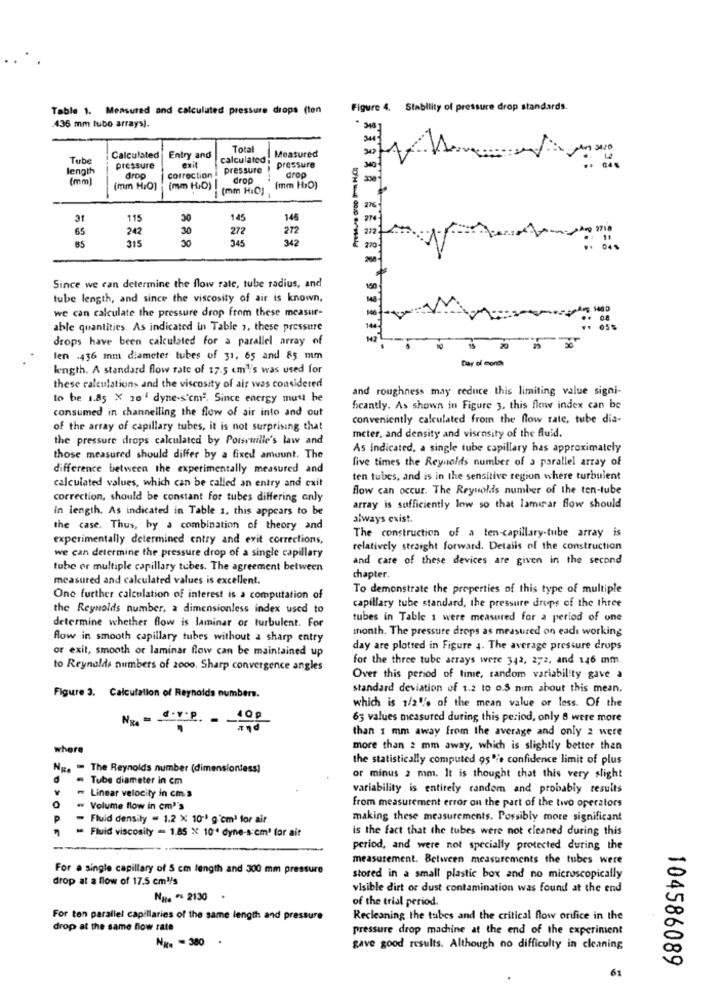
Table 1. Measured and calculated pressure drops (ten
Figure 4. Stability of pressure drop standards.
436 mm tubo arraysj.
Tota
Measured
Tube
Calculated
Entry and
calculated ;
length
pressure
pressure
pressure
(mm)
droo
correction
dro
drop
(mm H,O]
(mm H.D) I
(mm H:O)
(mm HO)
31
115
30
145
146
65
242
30
272
272
85
315
30
345
342
Since we can determine the flow rate, tube radius, and
tube length, and since the viscosity of air is known,
we can calculate the pressure drop from these measur-
able quantities. As indicated in Table ,, these pressure
drops have been calculated for a parallel array of
20
len .436 mm diameter tubes of 31, 65 and 85 mm
Day of monte
length. A standard flow rate of 17.5 cm1's was used for
these calculations and the viscosity of air was considered
and roughness may reduce this limiting value signi-
to be 1.85 X 20" dyne-s'cm". Since energy must be
fcantly. As shown in Figure 3. this flow index can be
consumed in channelling the flow of air into and out
conveniently calculated from the flow rate, tube dia-
of the array of capillary tubes, it is not surprising that
the pressure drops calculated by Poisruille's law and
meter, and density and viscosity of the fluid.
As indicated, a single tube capillary has approximately
those measured should differ by a fixed amount. The
five times the Reynolds number of a parallel array of
difference between the experimentally measured and
ten tubes, and is in the sensitive region where turbulent
calculated values, which can be called an entry and exit
flow can occur. The Reynolds number of the ten-tube
correction, should be constant for tubes differing only
in length. As indicated in Table 1, this appears to be
array is sufficiently low so that lamirar flow should
always exist
the case. Thus, by a combination of theory and
experimentally determined entry and exit corrections,
The construction of a ten-capillary-tube array is
relatively straight forward. Details of the construction
we can determine the pressure drop of a single capillary
and care of these devices are given in the second
tube or multiple capillary tubes. The agreement between
measured and calculated values is excellent.
chapter.
To demonstrate the properties of this type of multiple
One further calculation of interest is a computation of
the Reynolds number, a dimensionless index used to
capillary tube standard, the pressure drops of the three
determine whether flow is laminar or turbulent. For
tubes in Table 1 were measured for a period of one
month. The pressure drops as measured on eadı working
flow in smooth capillary tubes without a sharp entry
or exit, smooth or laminar flow can be maintained up
day are plotted in Figure 4. The average pressure drops
for the three tube arrays were 342, 272, and 146 mm.
to Reynolds numbers of 2000. Sharp convergence angles
Over this period of time, random variability gave a
standard deviation of 1.2 to o.S nu about this mean,
Figure 3. Calculation of Reynolds numbers.
which is 1/2% of the mean value or less. Of the
100
65 values measured during this period, only 8 were more
than 1 mm away from the average and only 2 were
where
more than 2 mm away, which is slightly better then
the statistically computed 95'e confidence limit of plus
Ng. " The Reynolds number (dimensiontess]
. Tube diameter in cm
or minus 2 mm. It is thought that this very slight
Linear velocity in cm. s
variability is entirely random and probably results
0
from measurement error on the part of the two operators
" Volume flow in cm''s
P
- Fluid density = 1.2 X 10-1 g'cm) for air
making these measurements. Possibly more significant
- Fluid viscosity = 1.85 % 10' dyne-s:em' for air
is the fact that the tubes were not cleaned during this
period, and were not specially protected during the
measurement. Between measurements the tubes were
For a single capillary of 5 cm length and 300 mm pressure
drop at a flow of 17.5 cml/s
stored in a small plastic box and no microscopically
visible dirt or dust contamination was found at the end
Nuts " 2130
of the trial period.
For ton parallel capillaries of the same length and pressure
Recleaning the tubes and the critical flow orifice in the
drop at the same flow rate
pressure drop machine at the end of the experiment
NR. - 380 .
gave good results. Although no difficulty in cleaning
104586089
61